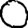
Digit: 0